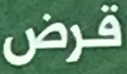
قرض